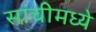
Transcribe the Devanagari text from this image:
सांचीमध्ये